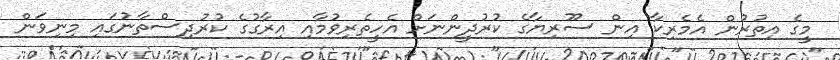
މީގެ އިތުރުން އެމެރިކާ އިން ސޫރިޔާގެ ކުރުދީންނަށް އެހީތެރިވުމާއި އިރާގުގެ ކުރުދިސްތާނުގައި މިނިވަން